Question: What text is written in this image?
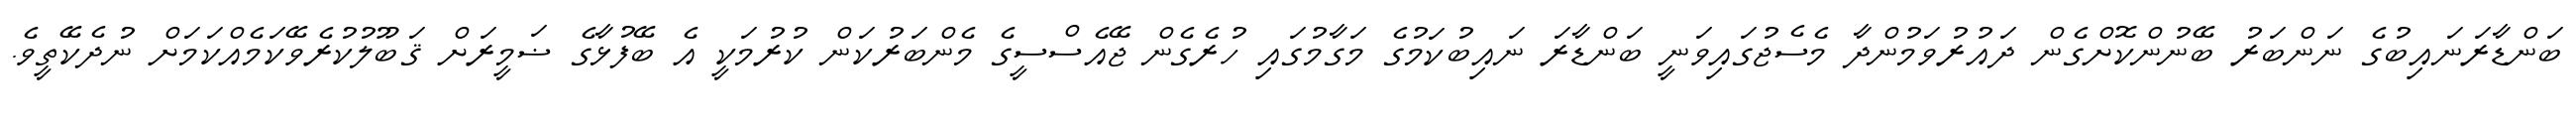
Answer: ބަންޑާރަނައިބުގެ ނަންބަރު ބޭނުންކޮށްގެން ދައުރުވަމުންދާ މެސެޖުގައިވަނީ ބަންޑާރަ ނައިބުކަމުގެ މަގާމުގައި ހުރެގެން ޖޭއެސްސީގެ މެންބަރުކަން ކުރުމަކީ އެ ބޭފުޅާގެ ޟަމީރަށް ޤަބޫލުކުރެވޭކަމެއްކަމަށް ނުދެކޭތީވެ.